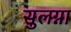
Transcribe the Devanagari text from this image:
सुलग्ना